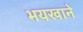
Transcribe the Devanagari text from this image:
भयखाने